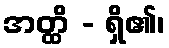
အတ္ထိ - ရှိ၏၊